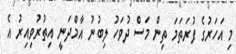
މި އަހަރުގެ ފުރަތަމަ ތިން މަސް ދުވަހު ލިބުނު އާމްދަނީ އިތުރުވިއިރު އެ